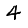
Digit: 4